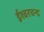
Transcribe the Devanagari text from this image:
ईश्वरचन्द्र